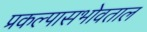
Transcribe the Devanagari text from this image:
प्रकल्पासभोवताल